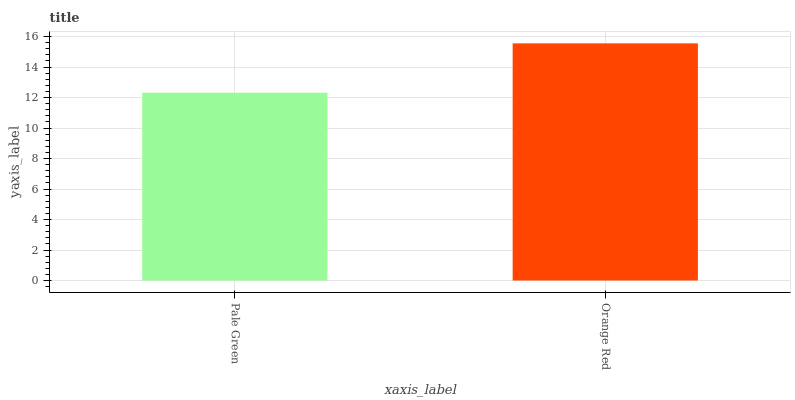
| xaxis_label | bars |
 | --- | --- |
 | Pale Green | 12.3 |
 | Orange Red | 15.6 |